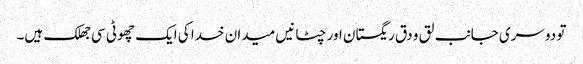
تو دوسری جانب لق و دق ریگستان اور چٹانیں میدان خدا کی ایک چھوٹی سی جھلک ہیں۔